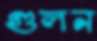
গুলন